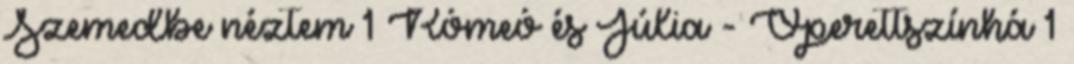
Szemedbe néztem 1 Rómeó és Júlia - Operettszínhá 1